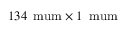
1 3 4 \, \mathrm { \ m u m } \times 1 \, \mathrm { \ m u m }